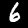
Digit: 6